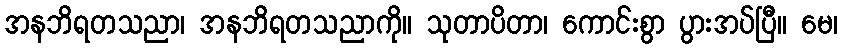
အနဘိရတသညာ၊ အနဘိရတသညာကို။ သုတာပိတာ၊ ကောင်းစွာ ပွားအပ်ပြီ။ မေ၊